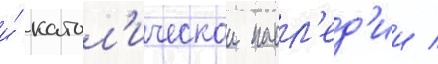
и́ катол'ическои насл'ед'ии /